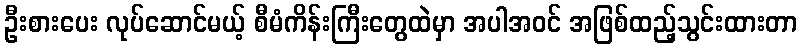
ဦးစားပေး လုပ်ဆောင်မယ့် စီမံကိန်းကြီးတွေထဲမှာ အပါအဝင် အဖြစ်ထည့်သွင်းထားတာ